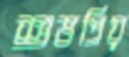
শুভপ্রিয়